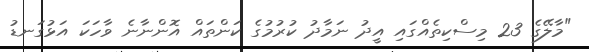
"މާލޭގެ 23 މިސްކިތެއްގައި އީދު ނަމާދު ކުރުމުގެ ކަންތައް އޮންނާނެ ވާހަކަ އަޅުގަނޑު